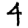
Digit: 4